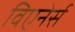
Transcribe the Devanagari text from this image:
विएनेर्स